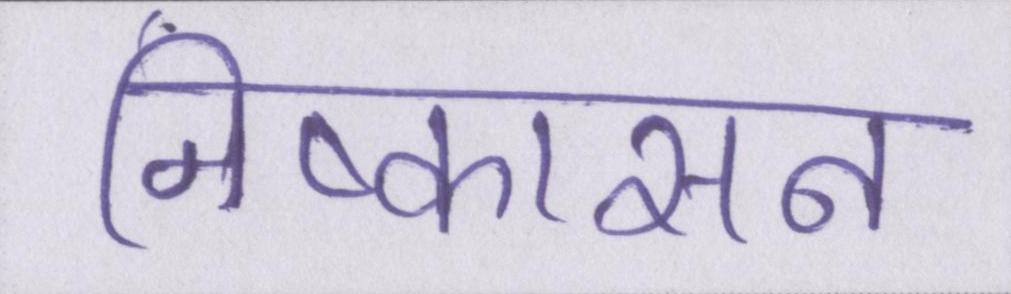
निष्कासन